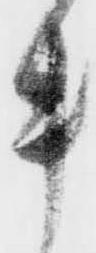
き